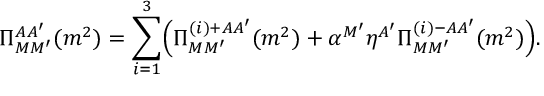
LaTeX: \Pi _ { M M ^ { \prime } } ^ { A A ^ { \prime } } ( m ^ { 2 } ) = \sum _ { i = 1 } ^ { 3 } \Bigl ( \Pi _ { M M ^ { \prime } } ^ { ( i ) + A A ^ { \prime } } ( m ^ { 2 } ) + \alpha ^ { M ^ { \prime } } \eta ^ { A ^ { \prime } } \Pi _ { M M ^ { \prime } } ^ { ( i ) - A A ^ { \prime } } ( m ^ { 2 } ) \Bigr ) .